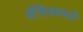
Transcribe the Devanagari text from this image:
ॲसिडमध्ये